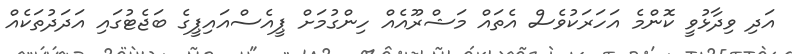
އަދި ވިދާޅުވީ ކޮންމެ އަހަރަކުވެސް އެތައް މަޝްރޫއެއް ހިންގުމަށް ޕީއެސްއައިޕީގެ ބަޖެޓުގައި އަދަދުތަކެއް